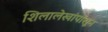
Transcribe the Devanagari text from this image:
शिलालेखांपासून